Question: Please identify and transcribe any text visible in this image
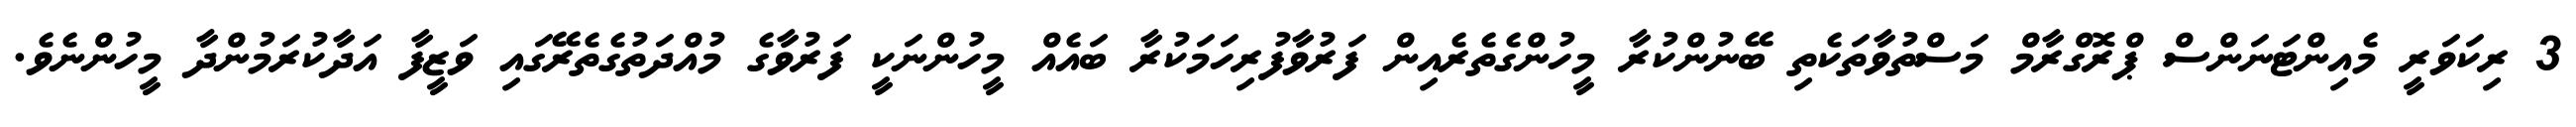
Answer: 3 ރިކަވަރީ މެއިންޓަނަންސް ޕްރޮގްރާމް މަސްތުވާތަކެތި ބޭނުންކުރާ މީހުންގެތެރެއިން ފަރުވާފުރިހަމަކުރާ ބައެއް މީހުންނަކީ ފަރުވާގެ މުއްދަތުގެތެރޭގައި ވަޒީފާ އަދާކުރަމުންދާ މީހުންނެވެ.